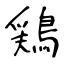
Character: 鶏